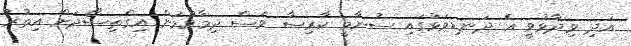
އަދި ވިދާޅުވީ އެ ދަނޑިވަޅުގައި ސުނާމީ ކާރިސާ ވެސް ދިމާވުމުން އިގްތިސޯދަށް އިތުރު